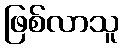
ဖြစ်လာသူ